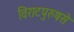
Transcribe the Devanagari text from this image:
विराटपुरुषसे